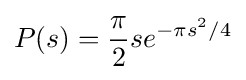
P(s)={\frac {\pi }{2}}se^{-\pi s^{2}/4}